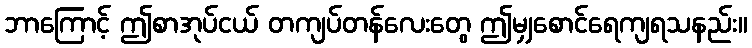
ဘာကြောင့် ဤစာအုပ်ငယ် တကျပ်တန်လေးတွေ ဤမျှစောင်ရေကျရသနည်း။